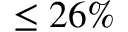
\leq 2 6 \%